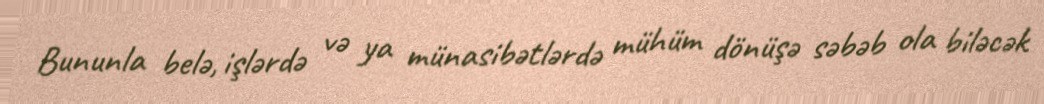
Bununla belə, işlərdə və ya münasibətlərdə mühüm dönüşə səbəb ola biləcək